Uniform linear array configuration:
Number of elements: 64
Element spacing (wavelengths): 0.5
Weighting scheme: blackman
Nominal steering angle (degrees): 15
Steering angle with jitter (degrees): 16.729
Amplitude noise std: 0.05
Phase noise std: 0.05

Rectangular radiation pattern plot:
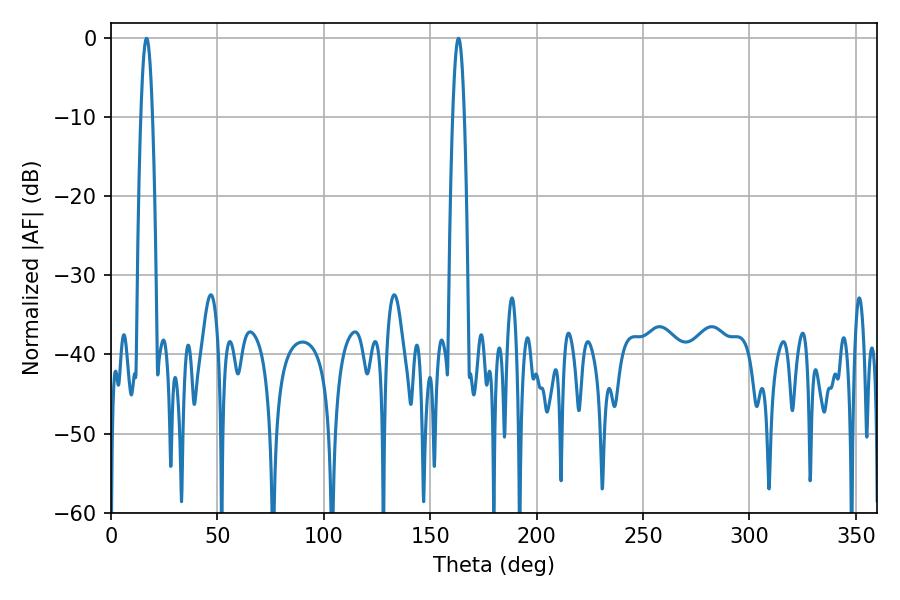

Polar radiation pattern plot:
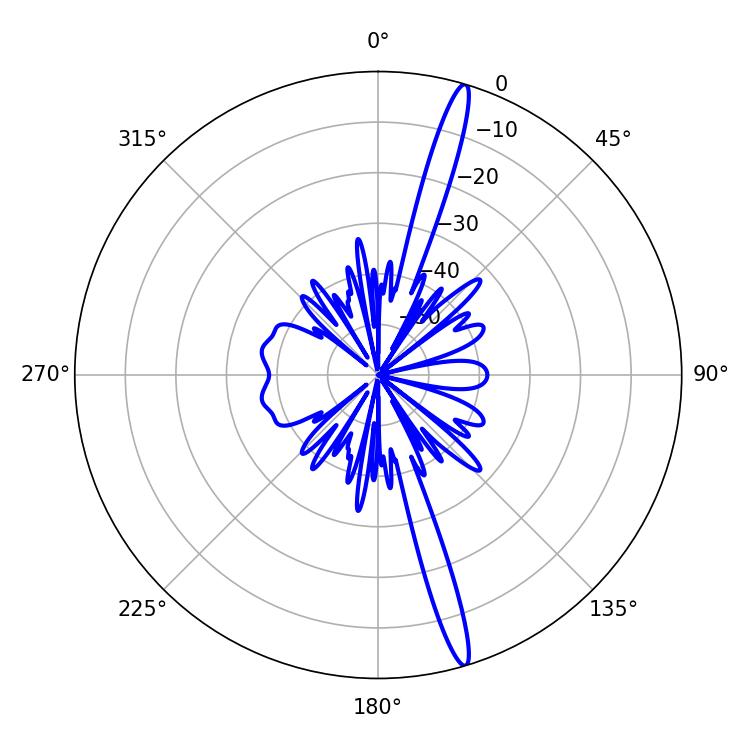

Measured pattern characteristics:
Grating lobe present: FALSE
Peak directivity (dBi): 17.835
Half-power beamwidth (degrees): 2.88
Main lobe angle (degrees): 16.74